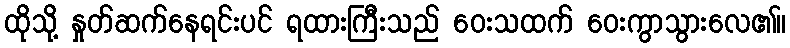
ထိုသို့ နှုတ်ဆက်နေရင်းပင် ရထားကြီးသည် ဝေးသထက် ဝေးကွာသွားလေ၏။